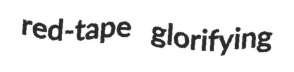
red-tape glorifying